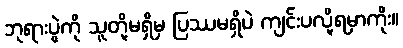
ဘုရားပွဲကို သူတို့မရှိမှ ပြဿမရှိပဲ ကျင်းပလို့ရမှာကိုး။